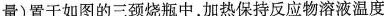
量)置于如图的三颈烧瓶中，加热保持反应物溶液温度